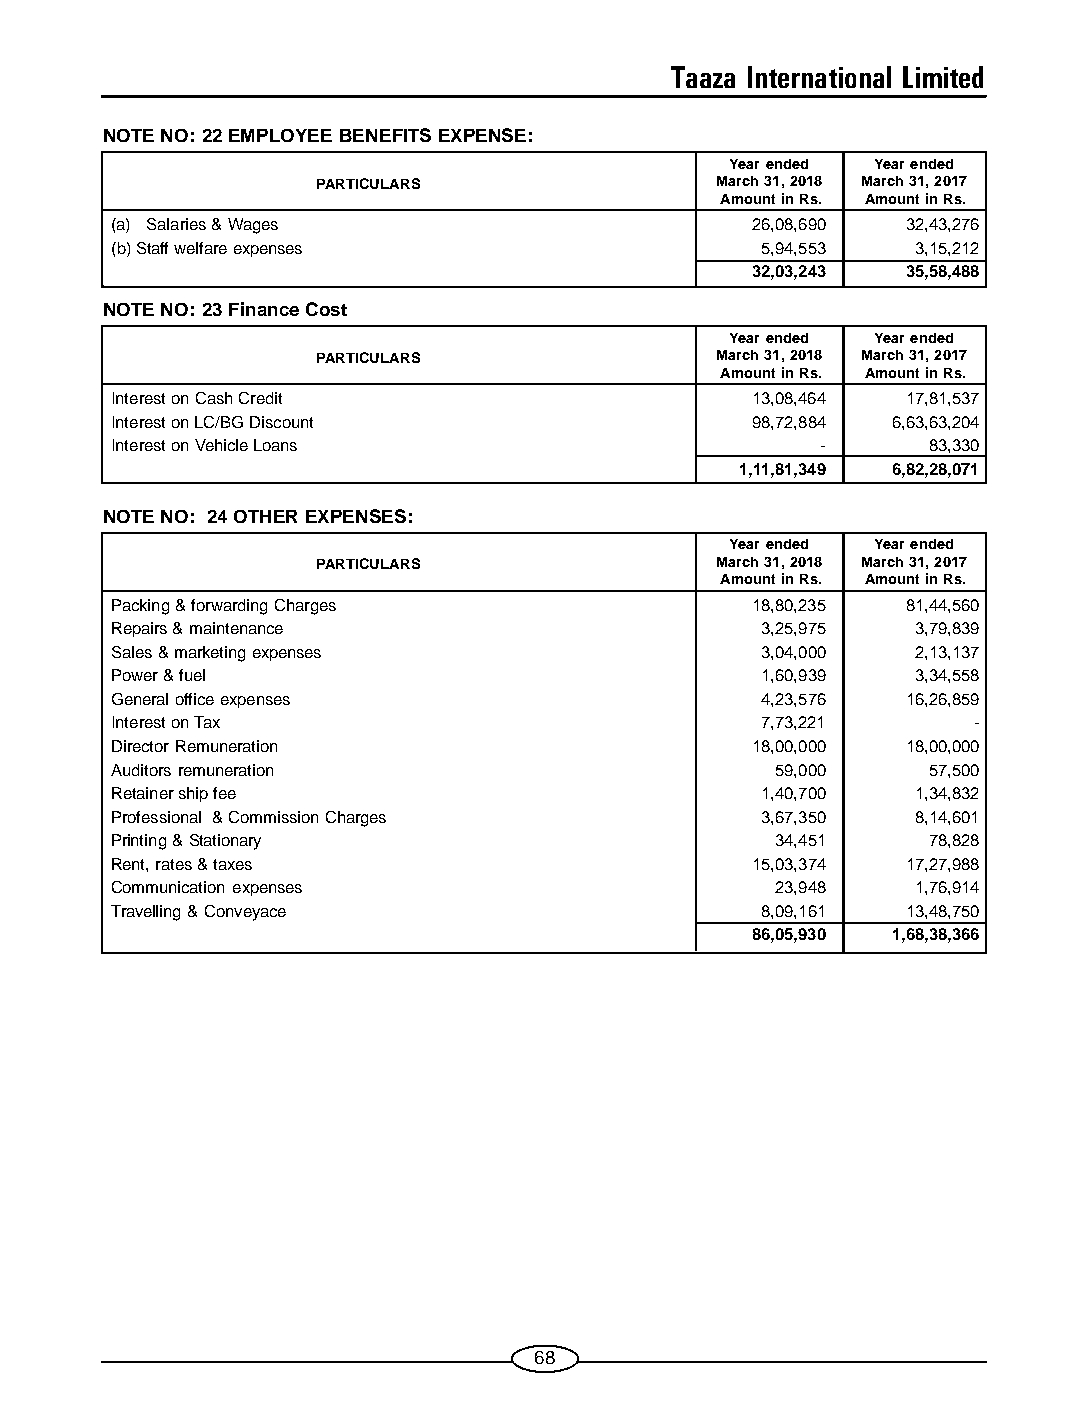
Taaza International Limited
 NOTE NO: 22 EMPLOYEE BENEFITS EXPENSE:
 Year ended Year ended
 PARTICULARS               March 31, 2018 March 31, 2017
 Amount in Rs. Amount in Rs.
 (a) Salaries & Wages                       26,08,690 32,43,276
 (b) Staff welfare expenses                 5,94,553   3,15,212
 32,03,243 35,58,488
 NOTE NO: 23 Finance Cost
 Year ended Year ended
 PARTICULARS               March 31, 2018 March 31, 2017
 Amount in Rs. Amount in Rs.
 Interest on Cash Credit                    13,08,464 17,81,537
 Interest on LC/BG Discount                 98,72,884 6,63,63,204
 Interest on Vehicle Loans                      -      83,330
 1,11,81,349 6,82,28,071
 NOTE NO: 24 OTHER EXPENSES:
 Year ended Year ended
 PARTICULARS               March 31, 2018 March 31, 2017
 Amount in Rs. Amount in Rs.
 Packing & forwarding Charges               18,80,235 81,44,560
 Repairs & maintenance                      3,25,975   3,79,839
 Sales & marketing expenses                 3,04,000   2,13,137
 Power & fuel                               1,60,939   3,34,558
 General office expenses                    4,23,576  16,26,859
 Interest on Tax                            7,73,221      -
 Director Remuneration                      18,00,000 18,00,000
 Auditors remuneration                       59,000    57,500
 Retainer ship fee                          1,40,700   1,34,832
 Professional & Commission Charges          3,67,350   8,14,601
 Printing & Stationary                       34,451    78,828
 Rent, rates & taxes                        15,03,374 17,27,988
 Communication expenses                      23,948    1,76,914
 Travelling & Conveyace                     8,09,161  13,48,750
 86,05,930 1,68,38,366
 68